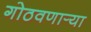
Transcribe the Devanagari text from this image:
गोठवणार्‍या